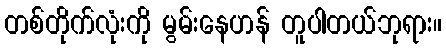
တစ်တိုက်လုံးကို မွမ်းနေဟန် တူပါတယ်ဘုရား။